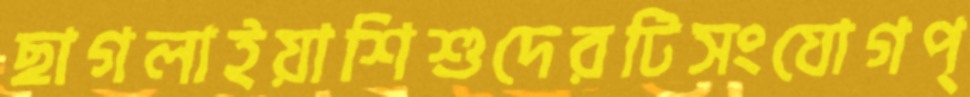
ছাগলাইয়াশিশুদেরটিসংযোগপ্